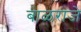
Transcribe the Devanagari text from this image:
बाळराजे